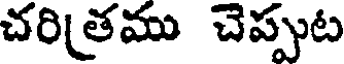
చరితము చెప్పుట